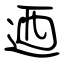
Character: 迺